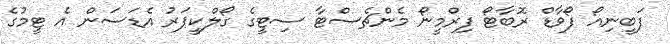
ފަބީނިއޯ ފޯވާޑް ރޮބާޓޯ ފިރްމީނޯ މެންޗެސްޓާ ސިޓީގެ ގޯލްކީޕަރު އެޑަސަން އެ ޓީމުގެ